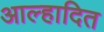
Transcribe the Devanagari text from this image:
आल्हादित